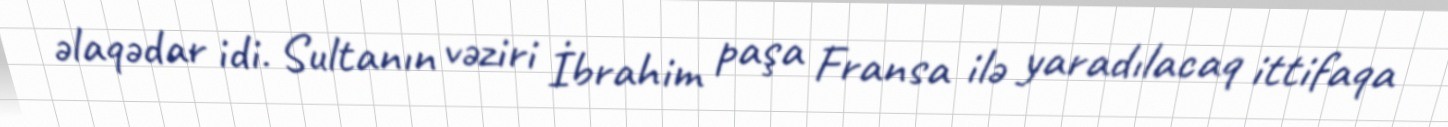
əlaqədar idi. Sultanın vəziri İbrahim paşa Fransa ilə yaradılacaq ittifaqa